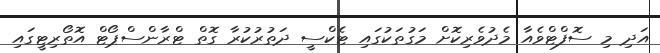
އަދި މި ސޮފްޓްވެއާ މެދުވެރިކޮށް މަގުތަކުގައި ޓެކްސީ ދަތުރުކުރާ ގޮތް ޓްރާންސްޕޯޓް އޮތޯރިޓީގައި